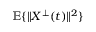
\mathbb { E } \{ \| X ^ { \bot } ( t ) \| ^ { 2 } \}